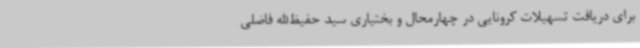
برای دریافت تسهیلات کرونایی در چهارمحال و بختیاری سید حفیظ‌الله فاضلی